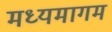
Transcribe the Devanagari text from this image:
मध्यमागम